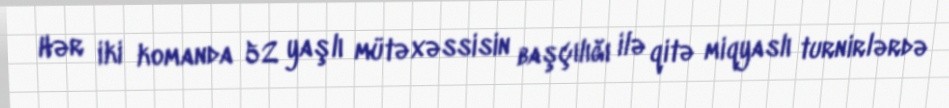
Hər iki komanda 52 yaşlı mütəxəssisin başçılığı ilə qitə miqyaslı turnirlərdə